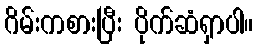
ဂိမ်းကစားပြီး ပိုက်ဆံရှာပါ။